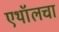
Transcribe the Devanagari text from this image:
एथॉलचा